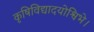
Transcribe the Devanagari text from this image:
कृषिविद्यादयोश्विभे।